Regulations for the medical services of the Army of India
Year: 1930
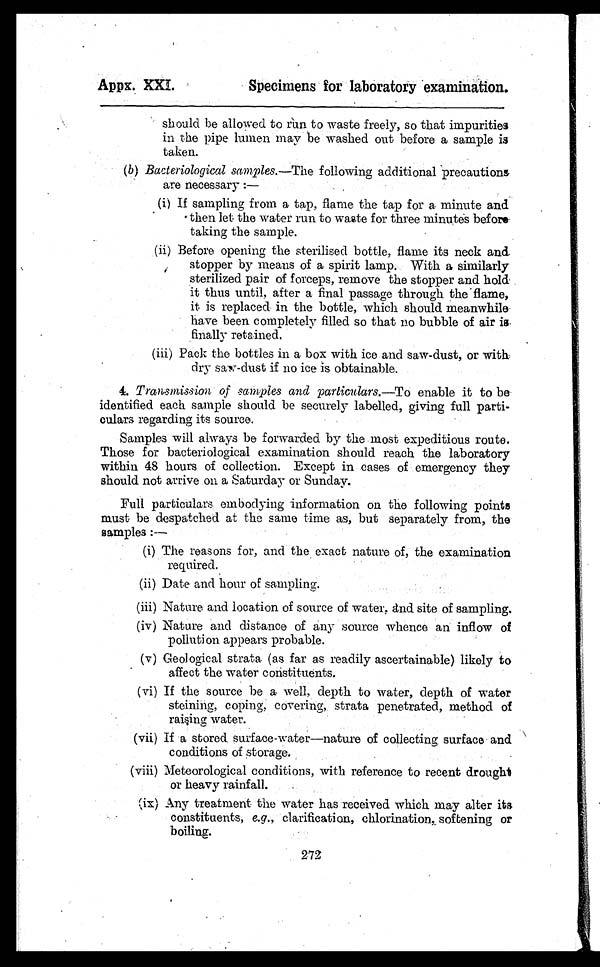
Appx. XXI.
Specimens for laboratory examination.
should be allowed to rúm to waste freely, so that impurities
in the pipe lumen may be washed out before a sample is
taken.
•
•
(b) Bacteriological samples.— The following additional precautions
•
are necessary:—
(i) If sampling from a tap, flame the tap for a minute and
then let the water run to waste
f or
three
minutes before
taking the sample
.
(ii) Before opening the sterilised bottle, flame its neck and.
stopper by means of a spirit lamp. With a similarly
•
sterilized pair of forceps, remove the stopper and hold
it thus until, after a final passage through the flame,
it is replaced in the bottle, which should meanwhile
have been completely filled so that no bubble of air is-
•
finally retained.
(iii) Pack the bottles in a box with ice and saw-dust, or with
dry saw -dust if no ice is obtainable.
4. Transmission, of samples and particulars.—To enable it to be
identified each sample should be securely labelled, giving full parti-
culars regarding its source.
Samples will always be forwarded by the most expeditious route.
Those for bacteriological examination should reach the laboratory
within 48 hours of collection. Except in cases of emergency they
should not arrive on a Saturday or Sunday.
Full particulars embodying information on the following points
must be despatched at the same time as, but separately from, the
samples :—
(i) The reasons for, and the exact nature of, the examination
required.
(ii) Date and hour of sampling.
(iii) Nature and location of source of water, ánd site of sampling.
(iv) Nature and distance of any source whence an inflow of
pollution appears probable.
(v) Geological strata (as far as readily ascertainable) likely to
affect the water constituents.
(vi) If the source be a well, depth to water, depth of water
steining, coping, covering, strata penetrated, method of
raising water.
• •
•
(vii) If a stored surface-water—nature of collecting surface and
conditions of storage.
(viii) Meteorological conditions, with reference to recent drought
or heavy rainfall.
(ix) Any treatment the water has received which may alter its
constituents, e.g., clarification, chlorination, softening or
boiling.
272
•